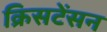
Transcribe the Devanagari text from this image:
क्रिसटेंसन